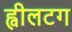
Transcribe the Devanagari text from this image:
ह्वीलटग